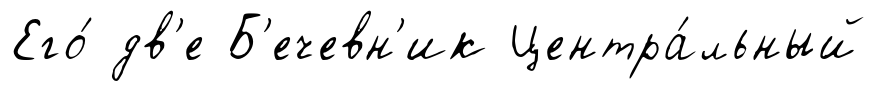
Его́ дв'е Б'ечевн'ик Центра́льный